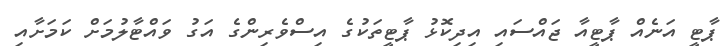
ޕާޓީ އަނެއް ޕާޓީއާ ޖައްސައި އިދިކޮޅު ޕާޓީތަކުގެ އިސްވެރިންގެ އަގު ވައްޓާލުމަށް ކަމަށާއި